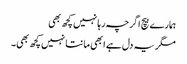
ہمارے بیچ اگرچہ رہا نہیں کچھ بھی
مگر یہ دل ہے ابھی مانتا نہیں کچھ بھی۔